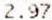
2.97